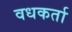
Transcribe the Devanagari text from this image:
वधकर्ता